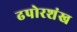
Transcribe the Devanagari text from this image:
ढपोरशंख